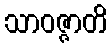
သာဝဇ္ဇာတိ